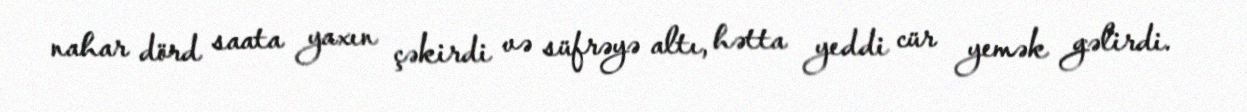
nahar dörd saata yaxın çəkirdi və süfrəyə altı, hətta yeddi cür yemək gəlirdi.